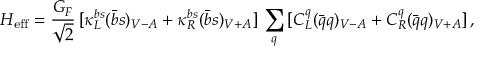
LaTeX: { \cal H } _ { \mathrm { e f f } } = \frac { G _ { F } } { \sqrt 2 } \, [ \kappa _ { L } ^ { b s } ( \bar { b } s ) _ { V - A } + \kappa _ { R } ^ { b s } ( \bar { b } s ) _ { V + A } ] \, \sum _ { q } \, [ C _ { L } ^ { q } ( \bar { q } q ) _ { V - A } + C _ { R } ^ { q } ( \bar { q } q ) _ { V + A } ] \, ,